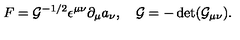
F = { \cal G } ^ { - 1 / 2 } \epsilon ^ { \mu \nu } \partial _ { \mu } a _ { \nu } , \quad { \cal G } = - \det ( { \cal G } _ { \mu \nu } ) .